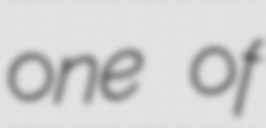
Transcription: one of